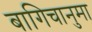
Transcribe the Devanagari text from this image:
बागिचानुमा